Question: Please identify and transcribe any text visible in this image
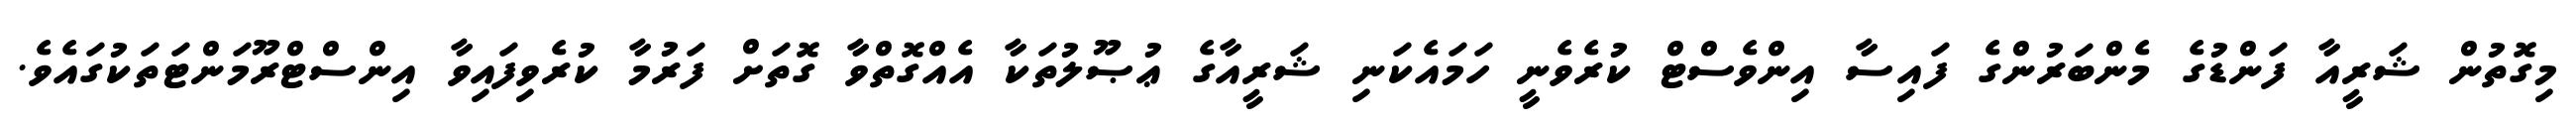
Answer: މިގޮތުން ޝަރީއާ ފަންޑުގެ މެންބަރުންގެ ފައިސާ އިންވެސްޓް ކުރެވެނީ ހަމައެކަނި ޝަރީއާގެ ޢުޞޫލުތަކާ އެއްގޮތްވާ ގޮތަށް ފަރުމާ ކުރެވިފައިވާ އިންސްޓްރޫމަންޓަތަކުގައެވެ.